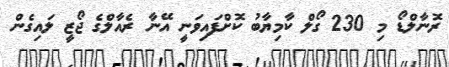
ރޮނާލްޑޯ މި 230 ގޯލް ކާމިޔާބު ކޮށްފައިވަނީ އޭނާ ރެއާލްގެ ޖޯޒީ ލައިގެން